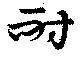
耐